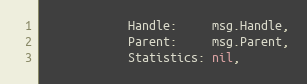
Language: Go
			Handle:     msg.Handle,
			Parent:     msg.Parent,
			Statistics: nil,